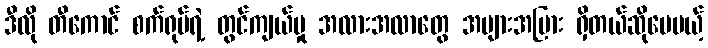
ဒီလို တီကောင် စက်ရုပ်ရဲ့ တွင်ကျယ်မှု အလားအလာတွေ အများအပြား ရှိတယ်ဆိုပေမယ့်